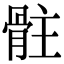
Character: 𩨻